Indian journal of veterinary science and animal husbandry - Volume 9,
Year: 1939
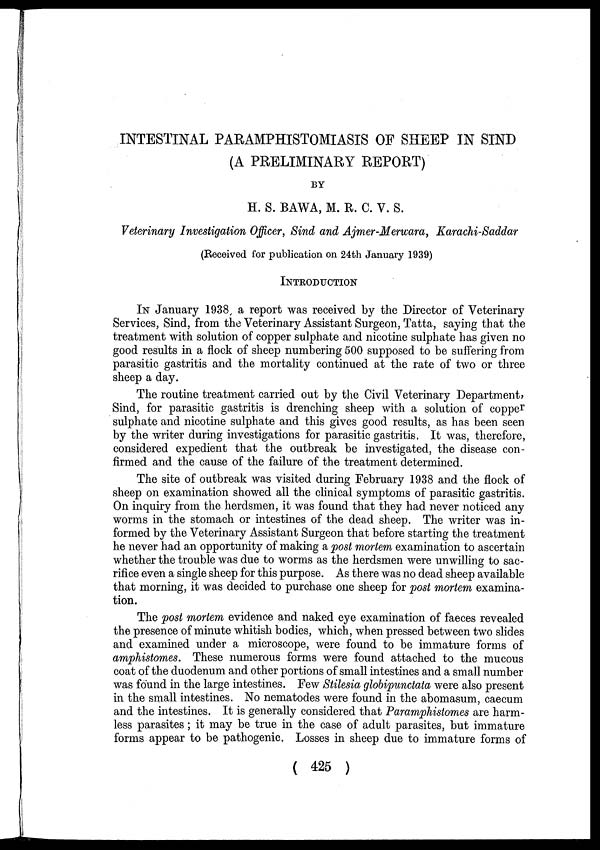
INTESTINAL PARAMPHISTOMIASIS OF SHEEP IN SIND
(A PRELIMINARY REPORT)
BY
H. S. BAWA, M. R. C. V. S.
Veterinary Investigation Officer, Sind and Ajmer-Merwara, Karachi-Saddar
(Received for publication on 24th January 1939)
INTRODUCTION
IN January 1938, a report was received by the Director of Veterinary
Services, Sind, from the Veterinary Assistant Surgeon, Tatta, saying that the
treatment with solution of copper sulphate and nicotine sulphate has given no
good results in a flock of sheep numbering 500 supposed to be suffering from
parasitic gastritis and the mortality continued at the rate of two or three
sheep a day.
The routine treatment carried out by the Civil Veterinary Department,
Sind, for parasitic gastritis is drenching sheep with a solution of copper
sulphate and nicotine sulphate and this gives good results, as has been seen
by the writer during investigations for parasitic gastritis. It was, therefore,
considered expedient that the outbreak be investigated, the disease con-
firmed and the cause of the failure of the treatment determined.
The site of outbreak was visited during February 1938 and the flock of
sheep on examination showed all the clinical symptoms of parasitic gastritis.
On inquiry from the herdsmen, it was found that they had never noticed any
worms in the stomach or intestines of the dead sheep. The writer was in-
formed by the Veterinary Assistant Surgeon that before starting the treatment
he never had an opportunity of making a post mortem examination to ascertain
whether the trouble was due to worms as the herdsmen were unwilling to sac-
rifice even a single sheep for this purpose. As there was no dead sheep available
that morning, it was decided to purchase one sheep for post mortem examina-
tion.
The post mortem evidence and naked eye examination of faeces revealed
the presence of minute whitish bodies, which, when pressed between two slides
and examined under a microscope, were found to be immature forms of
amphistomes. These numerous forms were found attached to the mucous
coat of the duodenum and other portions of small intestines and a small number
was found in the large intestines. Few Stilesia globipunctata were also present
in the small intestines. No nematodes were found in the abomasum, caecum
and the intestines. It is generally considered that Paramphistomes are harm-
less parasites; it may be true in the case of adult parasites, but immature
forms appear to be pathogenic. Losses in sheep due to immature forms of
( 425 )